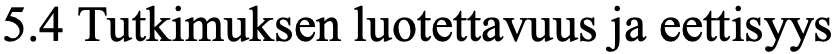
5.4 Tutkimuksen luotettavuus ja eettisyys